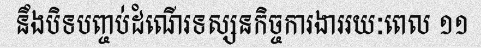
នឹងបិទបញ្ចប់ដំណើរទស្សនកិច្ចការងាររយៈពេល ១១